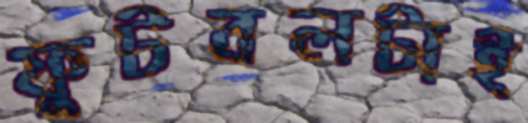
ফুটবলটাই